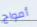
أمواج